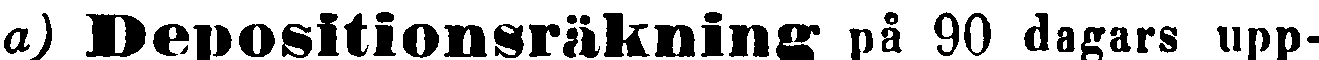
a) Depositionsräkning på 90 dagars upp-